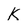
Character: k